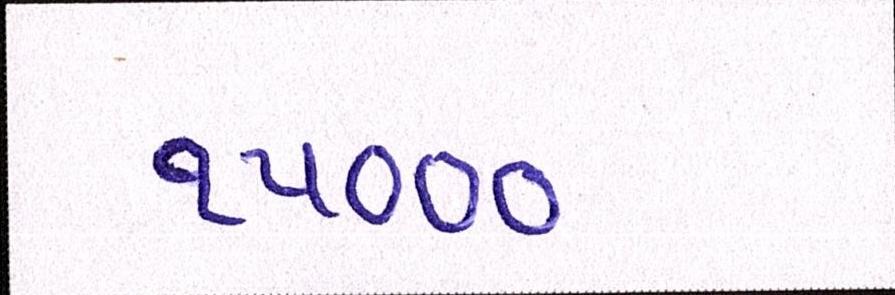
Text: ૧૫૦૦૦